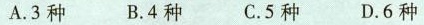
A.3种 B.4种 C.5种 D.6种